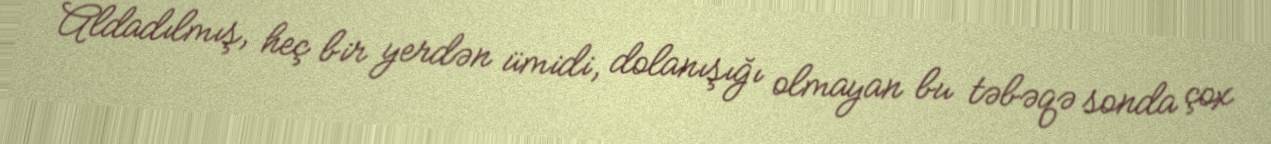
Aldadılmış, heç bir yerdən ümidi, dolanışığı olmayan bu təbəqə sonda çox